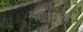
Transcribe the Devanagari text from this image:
लछीयस्रय।